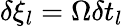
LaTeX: \delta\xi_{l}=\Omega\delta t_{l}